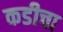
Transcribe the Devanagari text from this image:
कडीचा